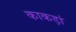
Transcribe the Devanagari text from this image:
काकड़ां